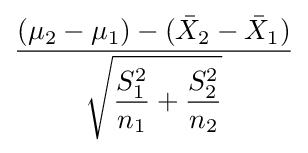
{\frac {(\mu _{2}-\mu _{1})-({\bar {X}}_{2}-{\bar {X}}_{1})}{\displaystyle {\sqrt {{\frac {S_{1}^{2}}{n_{1}}}+{\frac {S_{2}^{2}}{n_{2}}}}}}}